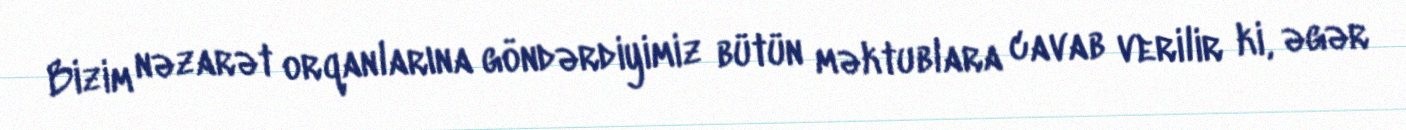
Bizim nəzarət orqanlarına göndərdiyimiz bütün məktublara cavab verilir ki, əgər